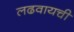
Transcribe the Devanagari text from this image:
लढवायची